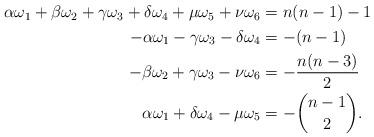
LaTeX: \begin{align*}\begin{aligned}\alpha \omega_1 + \beta \omega_2 + \gamma \omega_3 + \delta \omega_4 + \mu \omega_5 + \nu \omega_6 &= n(n-1)-1\\-\alpha \omega_1 - \gamma \omega_3 - \delta \omega_4 &= -(n-1)\\-\beta \omega_2 +\gamma \omega_3 - \nu \omega_6 &= - \frac{n(n-3)}{2}\\\alpha \omega_1 + \delta \omega_4 - \mu \omega_5 &= - \binom{n-1}{2}.\end{aligned}\end{align*}